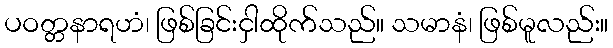
ပဝတ္တနာရဟံ၊ ဖြစ်ခြင်းငှါထိုက်သည်။ သမာနံ၊ ဖြစ်မူလည်း။